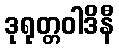
ဒုရုတ္တဝါဒိနီ